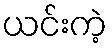
ယင်းကဲ့